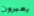
يعبرون